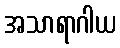
အသာရာဂါယ